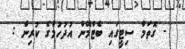
- ގޮތަމް ސިޓީގައި ބެޓްމޭން އުދުހުމުގެ ކުރިން :